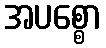
အပစ္စော